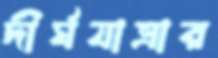
দীর্ঘযাত্রার